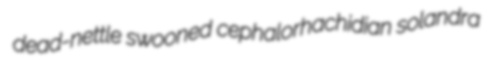
dead-nettle swooned cephalorhachidian solandra